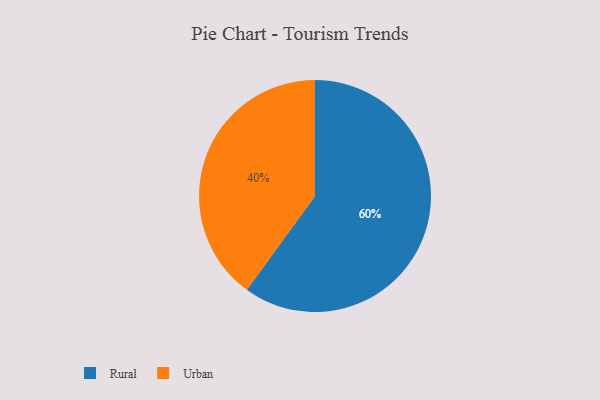
{"axis": {"x": "Category", "y": "Percentage"}, "legend": ["Rural", "Urban"], "data": [{"x": "Rural", "y": 60, "type": "Rural"}, {"x": "Urban", "y": 40, "type": "Urban"}]}